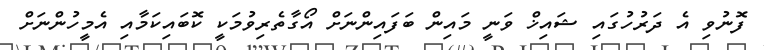
ފޮނުވި އެ ދަރުހުގައި ޝައިޚް ވަނީ މައިން ބަފައިންނަށް އޯގާތެރިވުމަކީ ކޮބައިކަމާއި އެމީހުންނަށް